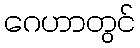
ဂေဟာတွင်